Vaccination United Provinces of Agra and Oudh 1914-1922 - 1914-1922
Year: 1914
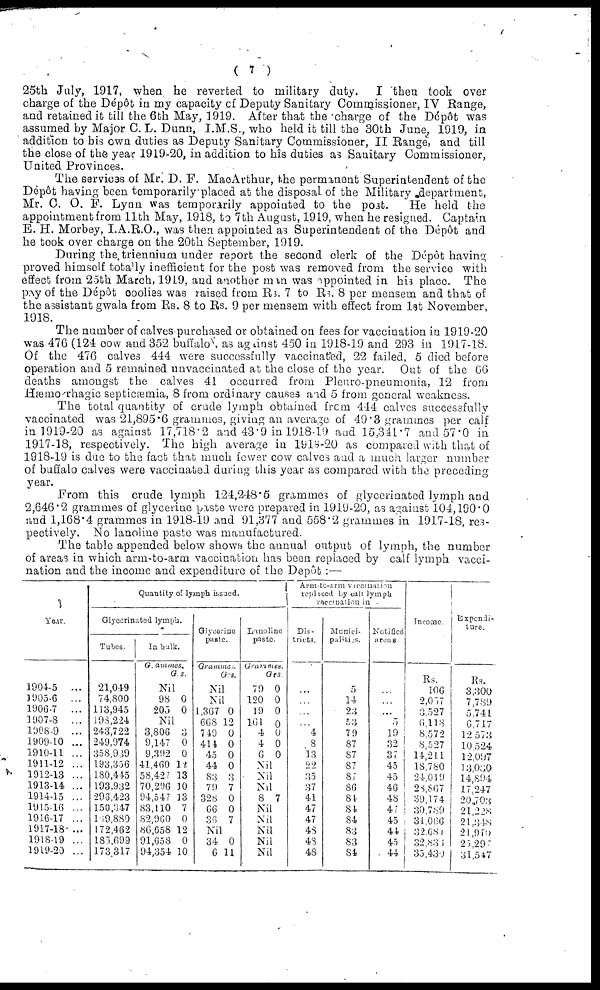
( 7 )
25th July, 1917, when he reverted to military duty.
I then took over
charge of the Dépôt in my capacity of Deputy Sanitary Commissioner, IV Range,
and retained it till the 6th May, 1919. After that the charge of the Dépôt was
assumed by Major C. L. Dunn, I.M.S., who held it till the 30th June, 1919, in
addition to his own duties as Deputy Sanitary Commissioner, II Range, and till
the close of the year 1919-20, in addition to his duties as Sanitary Commissioner,
United Provinces.
The services of Mr. D. F. MacArthur, the permanent Superintendent of the
Dépôt having been temporarily placed at the disposal of the Military department,
Mr. C. O. F. Lynn was temporarily appointed to the post.
He held the
appointment from 11th May, 1918, to 7th August, 1919, when he resigned. Captain
E. H. Morbey, I.A.R.O., was then appointed as Superintendent of the Dépôt and
he took over charge on the 20th September, 1919.
During the triennium under report the second clerk of the Dépôt having
proved himself totally inefficient for the post was removed from the service with
effect from 25th March, 1919, and another man was appointed in his place. The
pay of the Dépôt coolies was raised from Rs. 7 to Rs. 8 per mensem and that of
the assistant gwala from Rs. 8 to Rs. 9 per mensem with effect from 1st November,
1918.
The number of calves purchased or obtained on fees for vaccination in 1919-20
was 476 (124 cow and 352 buffalo), as against 450 in 1918-19 and 293 in 1917-18.
Of the 476 calves 444 were successfully vaccinated, 22 failed, 5 died before
operation and 5 remained unvaccinated at the close of the year. Out of the 66
deaths amongst the calves 41 occurred from Pleuro-pneumonia, 12 from
Hæmorrhagic septicæmia, 8 from ordinary causes and 5 from general weakness.
The total quantity of crude lymph obtained from 444 calves successfully
vaccinated was 21,895.6 grammes, giving an average of 49.3 grammes per calf
in 1919-20 as against 17,718.2 and 43.9 in 1918-19 and 15,341.7 and 57.0 in
1917-18, respectively. The high average in 1918-20 as compared with that of
1918-19 is due to the fact that much fewer cow calves and a much larger number
of buffalo calves were vaccinated during this year as compared with the preceding
year.
From this crude lymph 124,248.5 grammes of glycerinated lymph and
2,646.2 grammes of glycerine paste were prepared in 1919-20, as against 104,190.0
and 1,168.4 grammes in 1918-19 and 91,377 and 558.2 grammes in 1917-18, res-
pectively. No lanoline paste was manufactured.
The table appended below shows the annual output of lymph, the number
of areas in which arm-to-arm vaccination has been replaced by calf lymph vacci-
nation and the income and expenditure of the Depôt : —
Year.
1904-5
...
1905-6
...
1906-7
...
1907-8
...
1908-9
...
1909-10 ...
1910-11 ...
1911-12 ...
1912-13 ...
1913-14 ...
1914-15 ...
1915-16
...
1916-17 ...
1917-18 ...
1918-19 ...
1919-20 ...
Quantity of lymph issued.
Glycerinated lymph.
Tubes
21,049
74,800
113,945
198,224
243,722
249,974
358,989
193,356
180,445
193,932
293,423
150,347
159,880
172,462
185,699
173,317
In bulk.
Grammes.
Grs.
Nil
98
205
0
0
Nil
3,806
9,147
9,392
41,460
58,427
70,296
94,547
83,110
82,960
86,658
91,658
94,354
3
0
0
12
13
10
13
7
0
12
0
10
Glycerine
paste.
Grammes.
Grs.
Nil
Nil
1,367
668
749
414
45
44
83
79
328
66
36
0
12
0
0
0
0
3
7
0
0
7
Nil
34
6
0
11
Lanoline
paste.
Grammes.
Grs.
79
120
19
161
4
4
6
0
0
0
0
0
0
0
Nil
Nil
Nil
8 7
Nil
Nil
Nil
Nil
Nil
Arm-to-arm
vaccination
replaced by call lymph
vaccination
in
Dis-
tricts.
...
...
...
...
4
8
13
22
35
37
41
47
47
48
48
48
Munici-
palities.
5
14
23
53
79
87
87
87
87
86
84
84
84
83
83
84
Notified
areas
...
...
...
5
19
32
37
45
45
46
48
47
45
44
45
44
Income
Rs.
106
2,037
3,527
6,113
8,572
8,527
14,214
18,780
24,019
28,867
39,174
30,789
31,086
32,681
32,835
35,439
Expendi-
ture.
Rs.
3,300
7,789
5,741
6,717
12,573
10,524
12,097
13,030
14,894
17,247
20,703
21,228
21,348
21,910
25,297
31,547